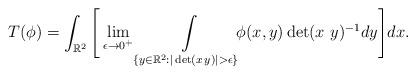
LaTeX: \begin{align*}T(\phi) = \int_{\mathbb{R}^2} \Bigg[\lim_{\epsilon\to 0^+} \int_{\{y\in\mathbb{R}^2:|\det(x\,y)|>\epsilon\}}\limits \!\!\!\phi(x,y) \det(x\ y)^{-1} dy \Bigg] dx.\end{align*}